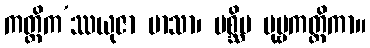
ကတ္တိက’ဿယုဇာ မာသာ၊ ပစ္ဆိမ ပုဗ္ဗကတ္တိကာ။